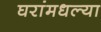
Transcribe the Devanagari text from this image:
घरांमधल्या